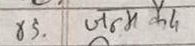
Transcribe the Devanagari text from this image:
४ड. जन्म कैद